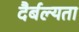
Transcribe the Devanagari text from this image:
दैर्बल्यता